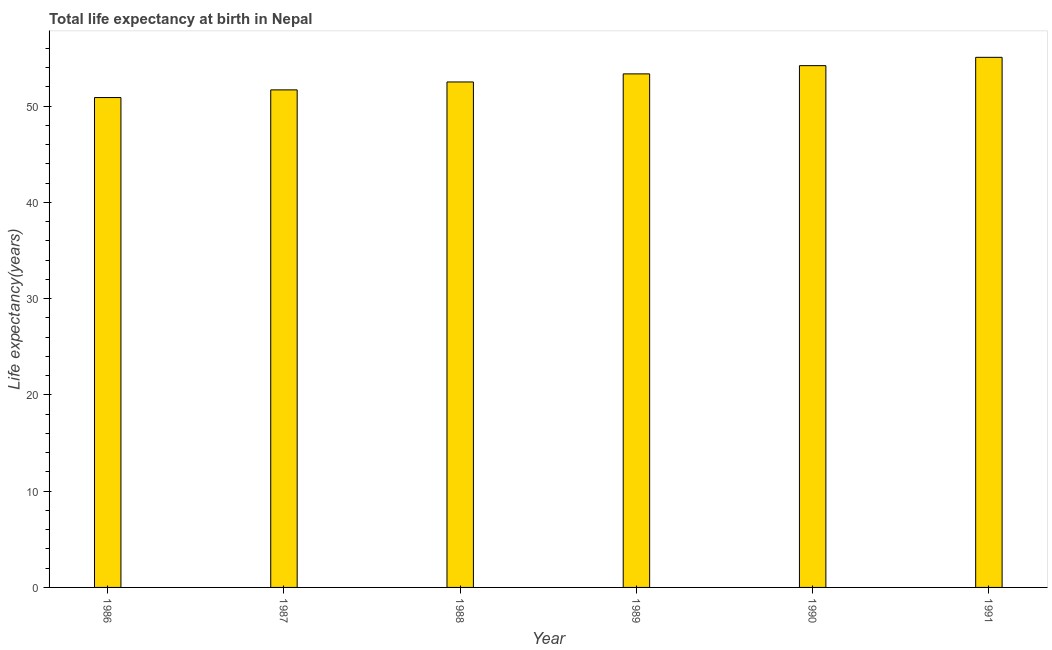
| Year | Life expectancy at birth |
 | --- | --- |
 | 1986 | 50.9 |
 | 1987 | 51.7 |
 | 1988 | 52.5 |
 | 1989 | 53.3 |
 | 1990 | 54.2 |
 | 1991 | 55.1 |